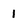
Character: 1